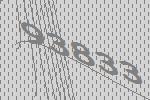
93833